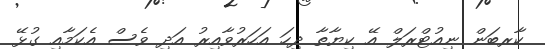
ކާރބަން ނިއުޓްރަލް އޭ ކިޔާތާ ދިހަ އަހަރުވާއިރު އަދި ވެސް އެކަމާއި ގުޅޭ